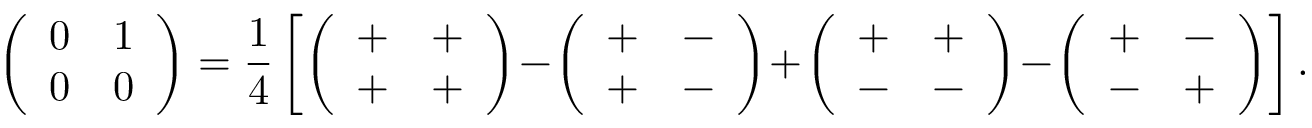
\left( \begin{array} { l l } { 0 } & { 1 } \\ { 0 } & { 0 } \end{array} \right) = \frac 1 4 \left[ \left( \begin{array} { l l } { + } & { + } \\ { + } & { + } \end{array} \right) \! - \! \left( \begin{array} { l l } { + } & { - } \\ { + } & { - } \end{array} \right) \! + \! \left( \begin{array} { l l } { + } & { + } \\ { - } & { - } \end{array} \right) \! - \! \left( \begin{array} { l l } { + } & { - } \\ { - } & { + } \end{array} \right) \right] .